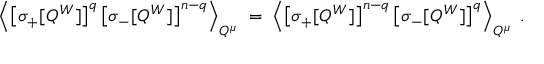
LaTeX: \left\langle \left[ \sigma _ { + } [ Q ^ { W } ] \right] ^ { q } \left[ \sigma _ { - } [ Q ^ { W } ] \right] ^ { n - q } \right\rangle _ { Q ^ { \mu } } \; = \; \left\langle \left[ \sigma _ { + } [ Q ^ { W } ] \right] ^ { n - q } \left[ \sigma _ { - } [ Q ^ { W } ] \right] ^ { q } \right\rangle _ { Q ^ { \mu } } \; .